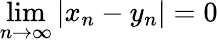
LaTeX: \operatorname*{lim}_{n\to\infty}|x_{n}-y_{n}|=0